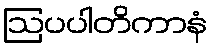
ဩပပါတိကာနံ